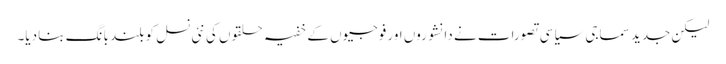
لیکن جدید سماجی سیاسی تصورات نے دانشوروں اور فوجیوں کے خفیہ حلقوں کی نئی نسل کو بلند بانگ بنا دیا۔